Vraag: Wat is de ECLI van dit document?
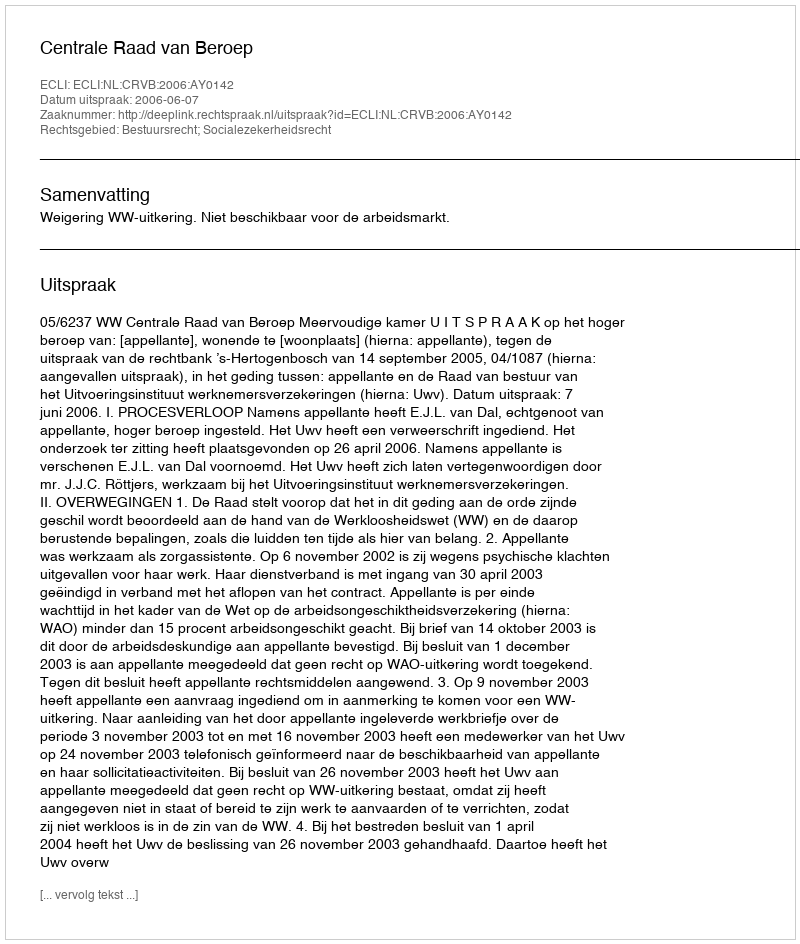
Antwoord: ECLI:NL:CRVB:2006:AY0142